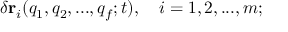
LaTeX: \delta \mathbf { r } _ { i } ( q _ { 1 } , q _ { 2 } , . . . , q _ { f } ; t ) , \quad i = 1 , 2 , . . . , m ;